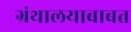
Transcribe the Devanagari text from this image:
ग्रंथालयाबाबत